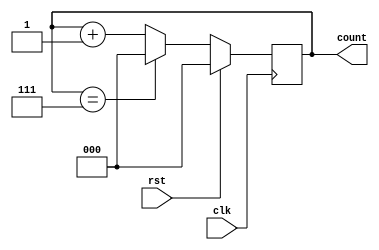
module Counter(input clk, input rst, output reg[2:0] count);
  always @ (posedge clk)
  begin
    if(rst)
      count <= 3'b000;
    else if(count == 3'b111)
      count = 3'b000;
    else 
      count <= count + 1;
  end 
endmodule